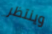
وينتظر